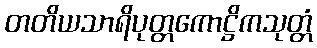
တတိယသာရိပုတ္တကောဋ္ဌိကသုတ္တံ